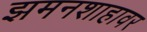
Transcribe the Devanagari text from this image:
झमनशाहावर